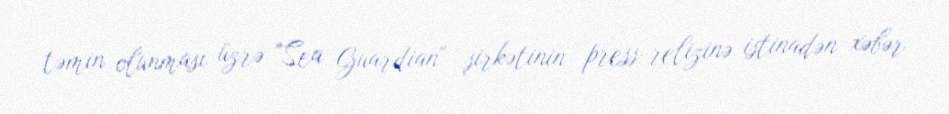
təmin olunması üzrə "Sea Guardian" şirkətinin press-relizinə istinadən xəbər